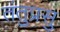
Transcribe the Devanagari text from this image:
तंतुप्रसु